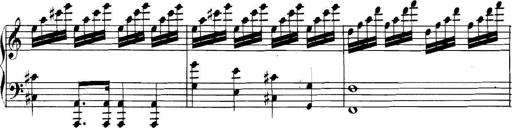
Title: Collected Piano Sonatas
Composer: Muzio Clementi